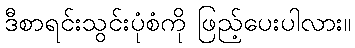
ဒီစာရင်းသွင်းပုံစံကို ဖြည့်ပေးပါလား။